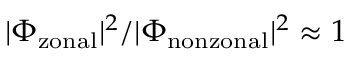
| \Phi _ { \mathrm { z o n a l } } | ^ { 2 } / | \Phi _ { \mathrm { n o n z o n a l } } | ^ { 2 } \approx 1